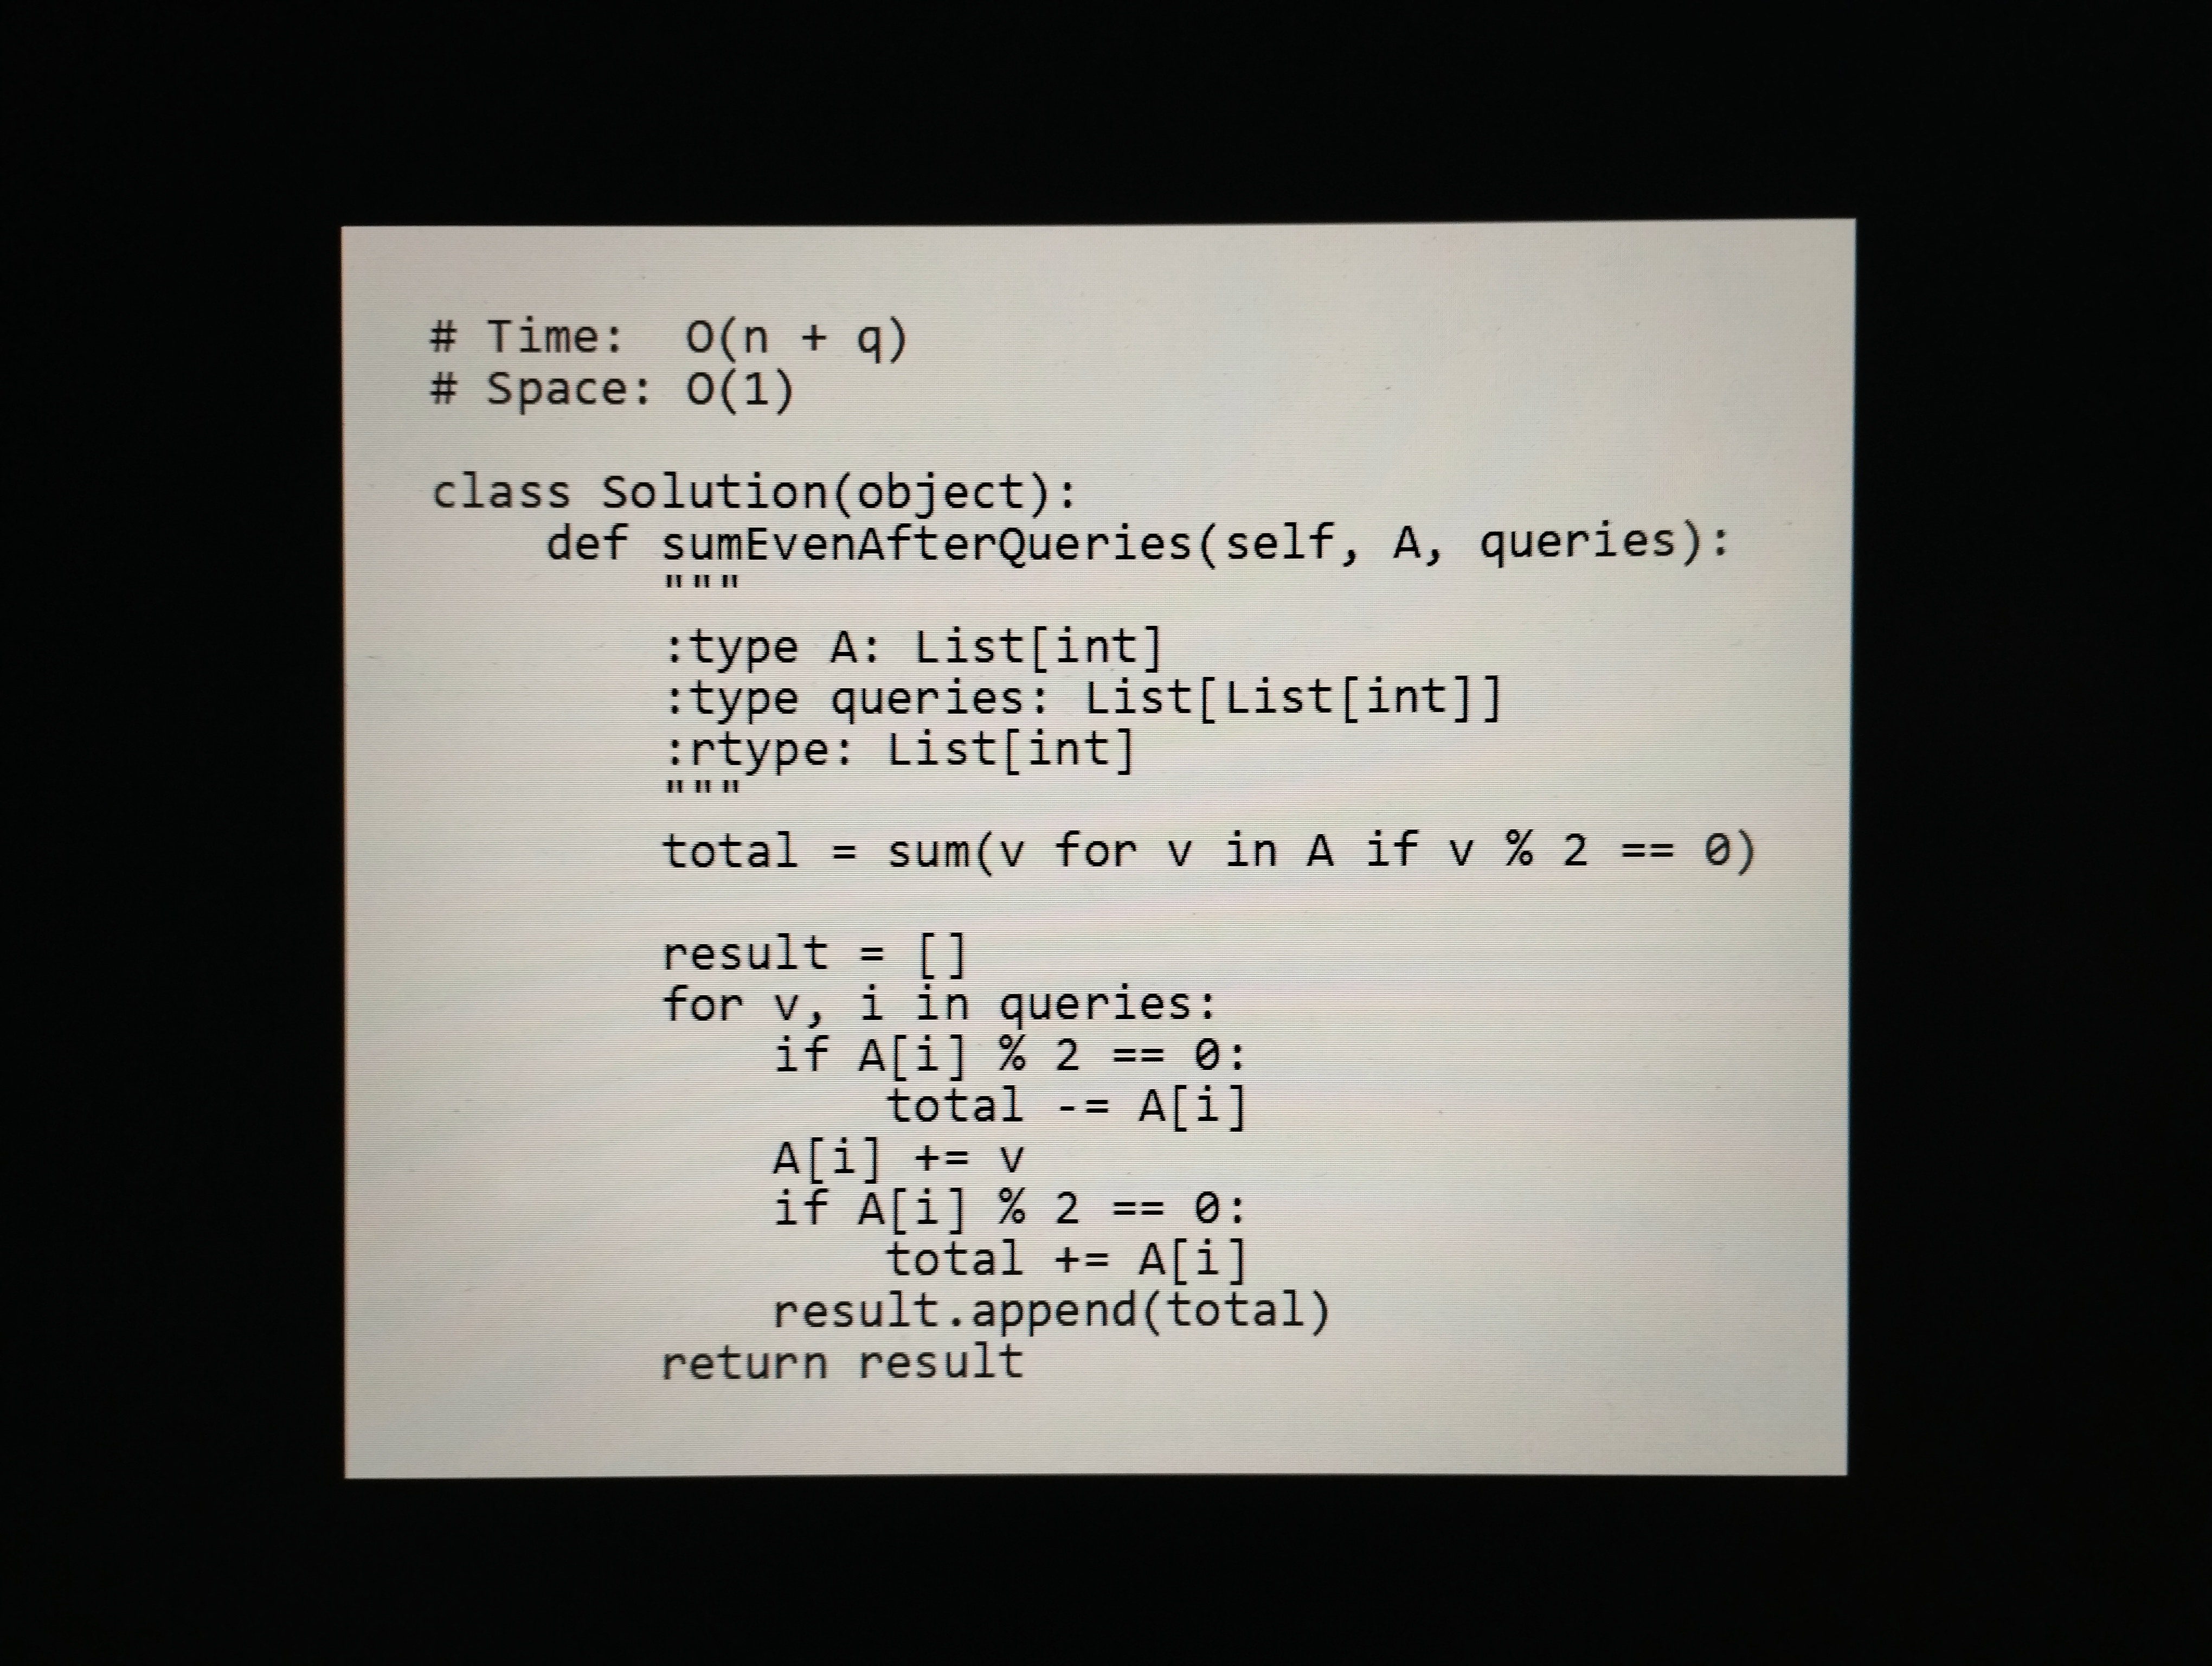
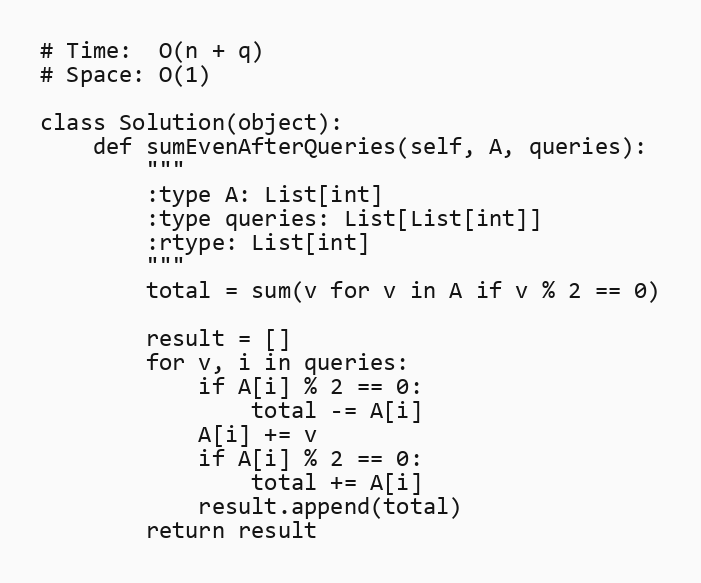
# Time:  O(n + q)
# Space: O(1)

class Solution(object):
    def sumEvenAfterQueries(self, A, queries):
        """
        :type A: List[int]
        :type queries: List[List[int]]
        :rtype: List[int]
        """
        total = sum(v for v in A if v % 2 == 0)

        result = []
        for v, i in queries:
            if A[i] % 2 == 0:
                total -= A[i]
            A[i] += v
            if A[i] % 2 == 0:
                total += A[i]
            result.append(total)
        return result